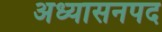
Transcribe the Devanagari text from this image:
अध्यासनपद